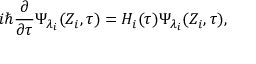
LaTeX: i \hbar \frac \partial { \partial \tau } \Psi _ { \lambda _ { i } } ( Z _ { i } , \tau ) = H _ { i } ( \tau ) \Psi _ { \lambda _ { i } } ( Z _ { i } , \tau ) ,